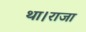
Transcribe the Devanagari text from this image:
था।राजा